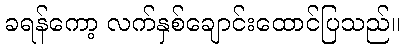
ခရန်ကော့ လက်နှစ်ချောင်းထောင်ပြသည်။